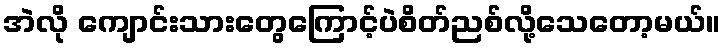
အဲလို ကျောင်းသားတွေကြောင့်ပဲစိတ်ညစ်လို့သေတော့မယ်။